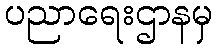
ပညာရေးဌာနမှ